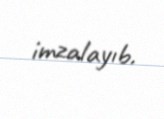
imzalayıb.